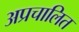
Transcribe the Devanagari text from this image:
अप्रचालित